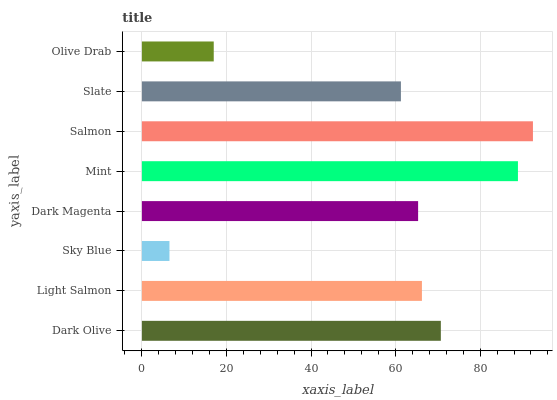
| yaxis_label | bars |
 | --- | --- |
 | Dark Olive | 70.7 |
 | Light Salmon | 66.2 |
 | Sky Blue | 6.52 |
 | Dark Magenta | 65.3 |
 | Mint | 88.9 |
 | Salmon | 92.5 |
 | Slate | 61.2 |
 | Olive Drab | 17 |